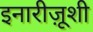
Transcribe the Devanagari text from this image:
इनारीज़ूशी